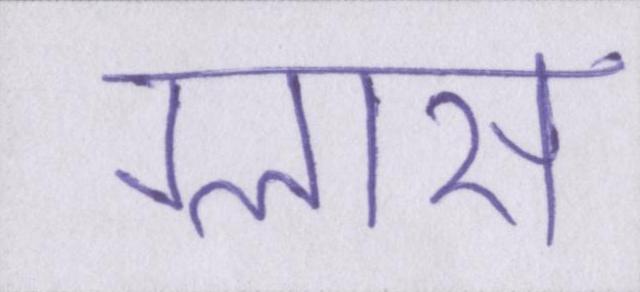
ग्लास